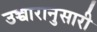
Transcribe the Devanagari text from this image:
उच्चारानुसारी